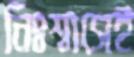
নিঃশ্বাসেই